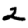
Digit: 2